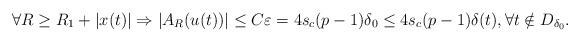
LaTeX: \begin{align*}\forall R \ge R_1 + |x(t)| \Rightarrow |A_R(u(t))| \le C \varepsilon =4s_c(p-1) \delta_0 \le 4s_c(p-1) \delta(t), \forall t\notin D_{\delta_0}.\end{align*}